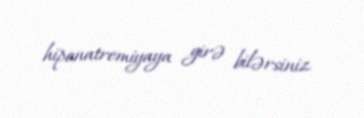
hiponatremiyaya girə bilərsiniz.